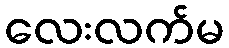
လေးလက်မ